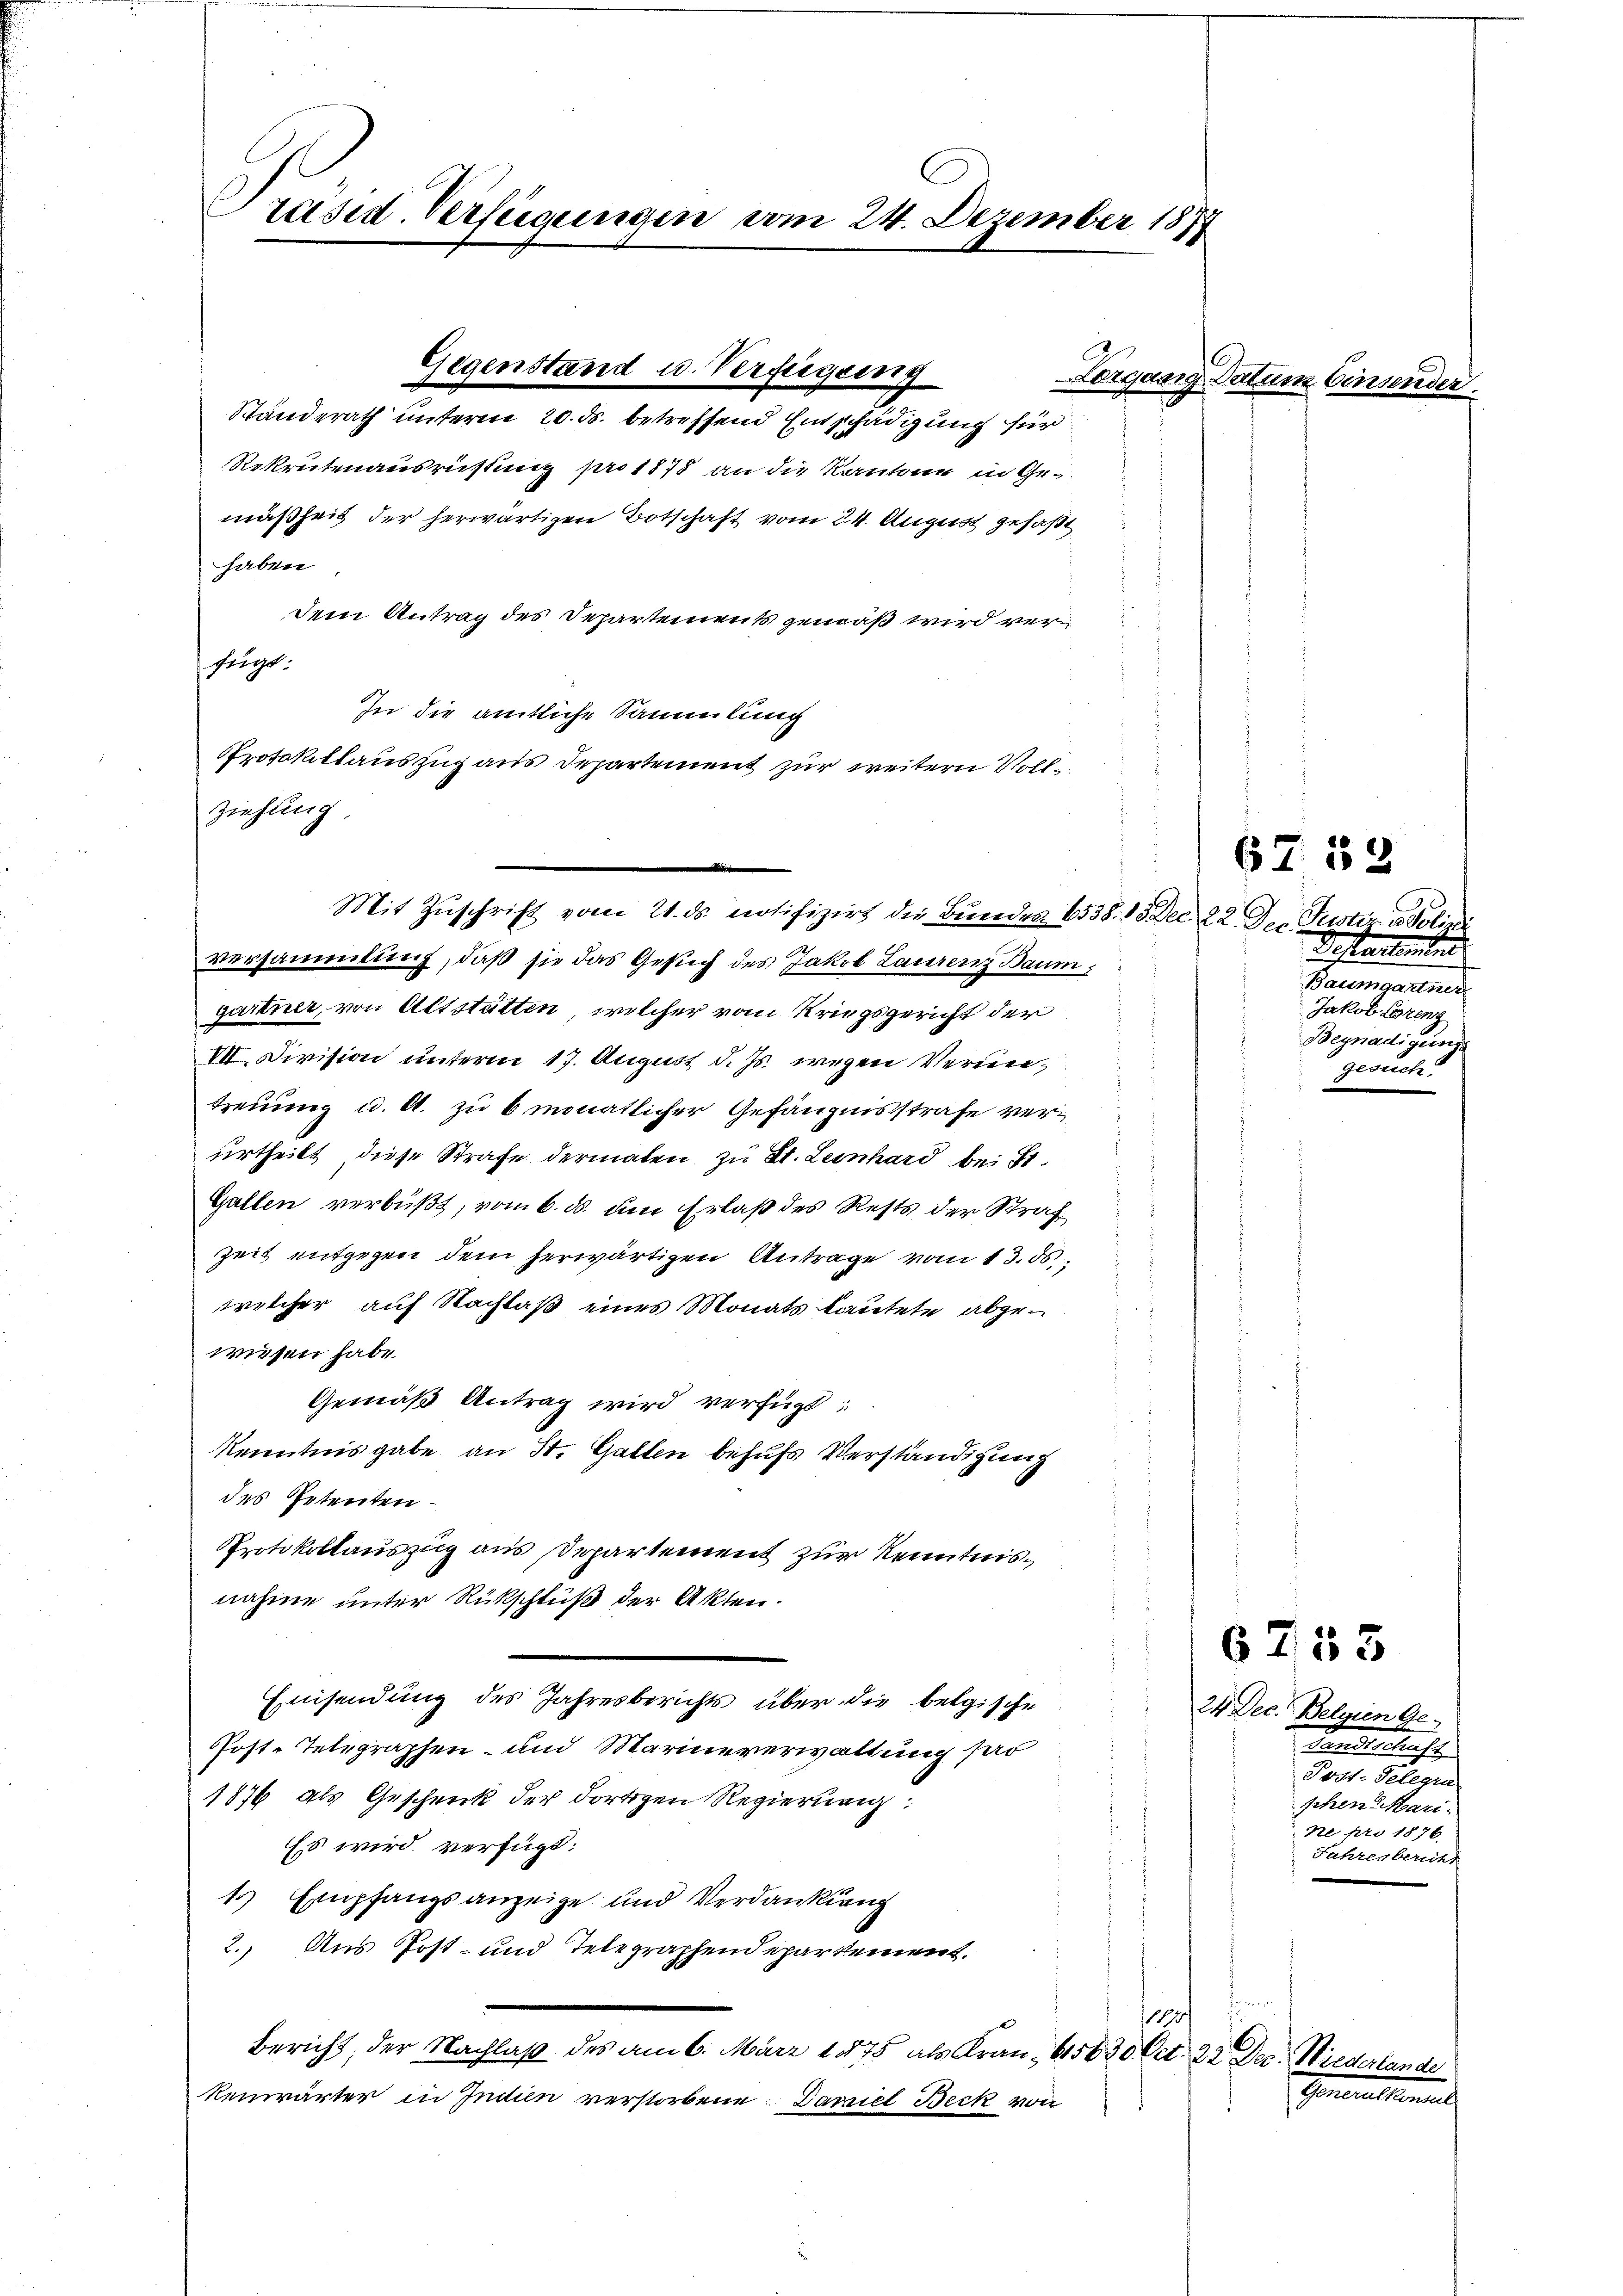
Präsid. Verfügungen vom 24. Dezember 1877

ziehung.

Standerath unterm 20. ds. betreffend Entschädigung für
Rekrutenausrüstung pro 1878 an die Kantone in Gemäßheit der herwärtigen Botschaft vom 24. August gefaßt
haben
dem Antrag des Departement gemäß wird verfügt:
In die amtliche Sammlung
Protokollauszug aus Departement zur weitern Voll¬

Gegenstand u. Verfügung

versammlung, daß sie das Gesuch des Jakob Laurenz Baum,
gartner, von Altstätten, welcher vom Kriegsgericht der
VII. Division unterm 17. August d. Js. wegen Veruntreuung u. a. zu 6 monatlicher Gefängnisstrafe verurtheilt, diese Strafe dermalen zu St. Leonhard bei St.
Gallen verbüßt, vom 6. ds. um Erlaß des Rests der Straf
Zeit entgegen dem herwärtigen Antrage vom 13. ds
welcher auf Nachlaß eines Monats lautete abgewiesen habe.
Gemäß Antrag wird verfügt:
Kenntnis gabe an St. Gallen behufs Verständigung
des Petenten.
Protokollauszug aus Departement zur Kenntnisnahme unter Rückschluß der Akten.
Einsendung des Jahresberichts über die belgische
Post-Telegraphen- und Marineverwaltung sad
1876 als Geschenk der dortigen Regierung:
Es wird verfügt:
1) Empfangsanzeige und Verdankung
2. Aus Post- und Telegraphendepartement.
1895
Bericht, der Nachlaß des am 6. März 1875 als Frau - 658 30 Oct. 22. Dec. Niederlande
kenwärter in Indien verstorbene Daniel Beck vie

Mit Zuschrift vom 21. ds notifizirt die Bunden 6538. 15 Dec. 22. d. Justiz & Polizei

Lorgang Datum Consender

67. 52

Gestantenten
Baumgartner
Jakob Spreng
Begnadigung
gesuch.

6753

24 Dec. Belgien Ge-
Landschaft
Post-Telegra
phen Mari.
ne pro 1876.
Jahresbericht

f
Gonderessammen